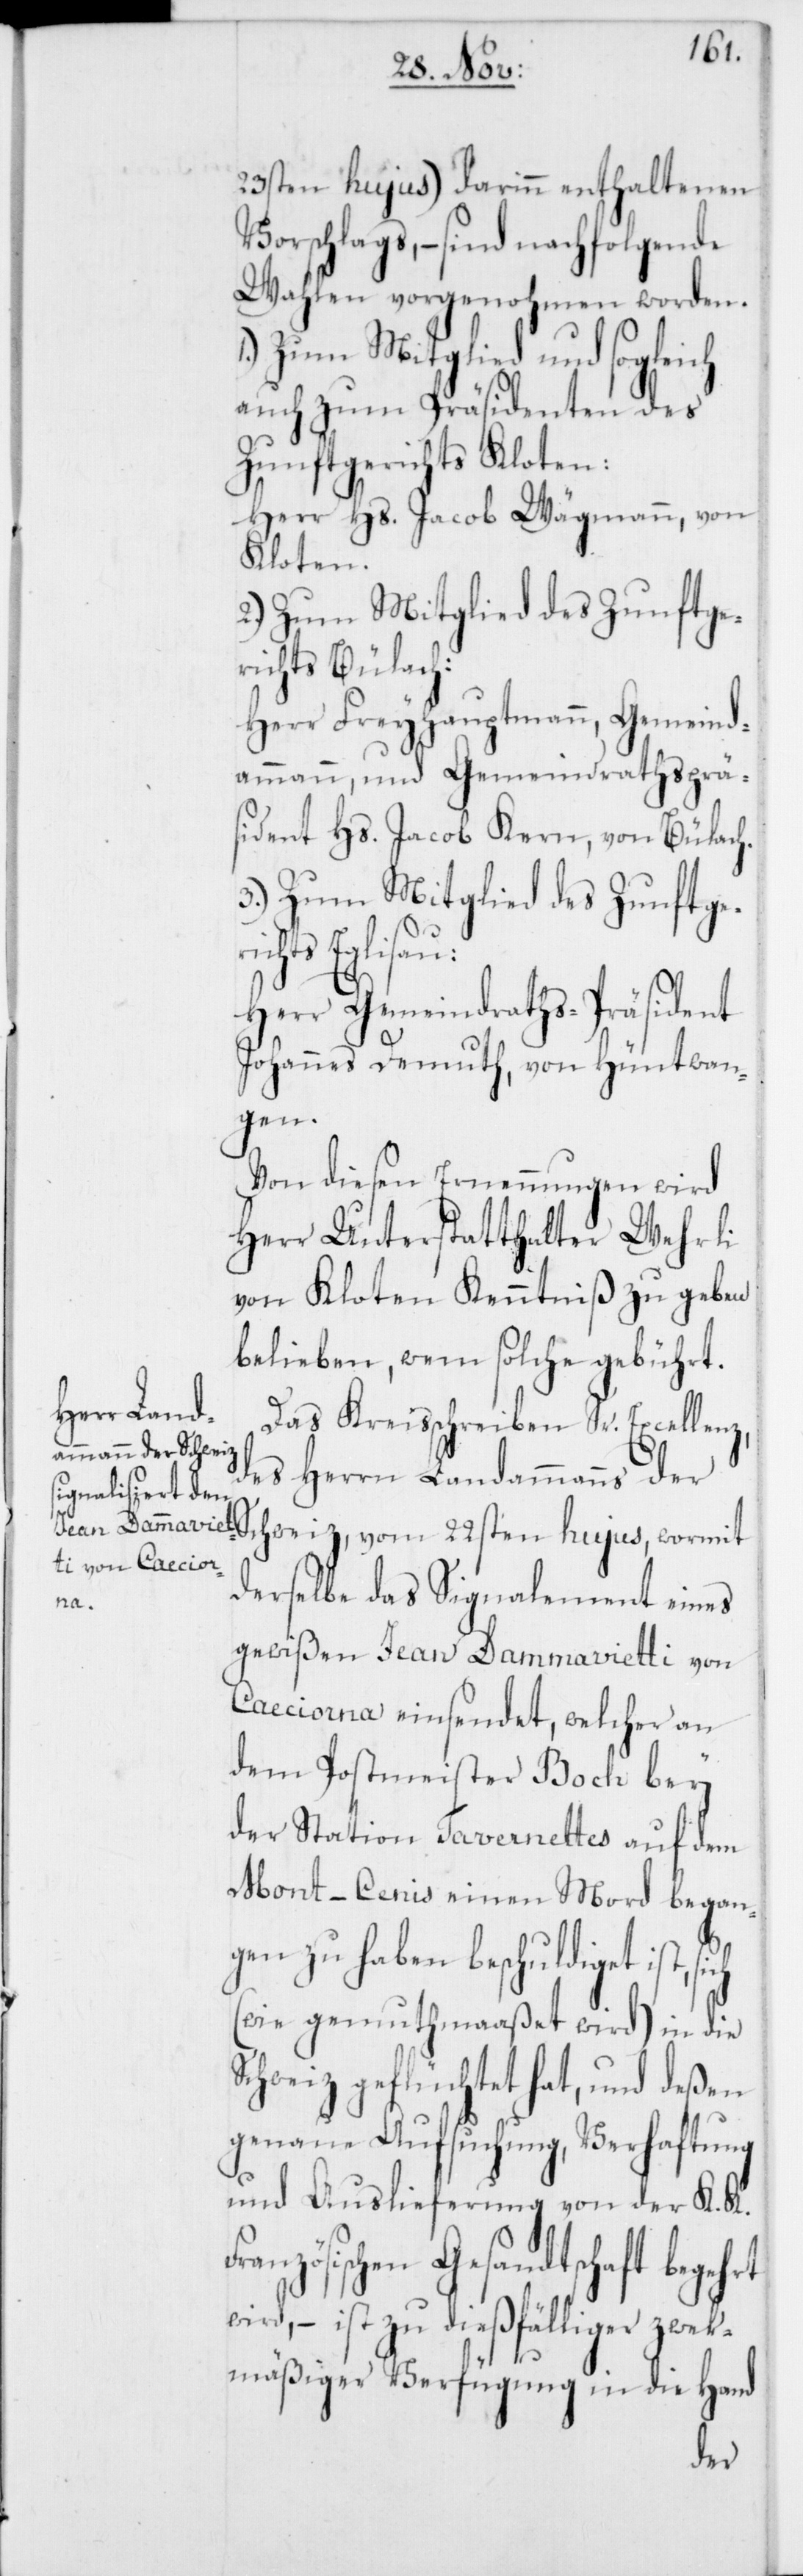
rt

23sten hujus) darinn enthaltenen
Vorschlags, – sind nachfolgende
Wahlen vorgenohmen worden.
1.) Zum Mitglied und sogleich
auch zum Präsidenten des
Zunftgerichts Kloten:
Herr Hs. Jacob Wägmann, von
Kloten.
2.) Zum Mitglied des Zunftge¬
richts Bülach:
Herr Freyhauptmann, Gemeind¬
ammann und Gemeindrathsprä¬
sident Hs. Jacob Kern, von Bülach.
3.) Zum Mitglied des Zunftge¬
hts Eglisau:
Herr Gemeindraths-Präsident
Johannes Demuth, von Hüntwan¬
gen.
Von diesen Ernennungen wird
Herr Unterstatthalter Wehrli
von Kloten Kenntniß zu geben
belieben, wem solche gebührt.
Das Kreißchreiben Sr. Excellen¬
des Herrn Landammanns der
Schweiz, vom 22sten hujus, wormit
derselbe das Signalement eines
gewißen Jean Dammavietti von
Caeciorna einsendet, welcher an
dem Postmeister Boch bey
der Station Tavernettes auf dem
Mont-Cenis einen Mord began¬
gen zu haben beschuldiget ist,
(wie gemuthmaaßet wird) in die
Schweiz geflüchtet hat, und deßen
genaue Aufsuchung, Verhaftung
und Auslieferung von der K. K.
anzösischen Gesandtschaft begeh¬
wird, – ist zu dießfälliger zwek¬
mäßiger Verfügung in die Hand